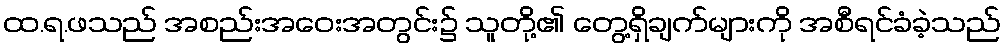
ထ.ရ.ဖသည် အစည်းအဝေးအတွင်း၌ သူတို့၏ တွေ့ရှိချက်များကို အစီရင်ခံခဲ့သည်